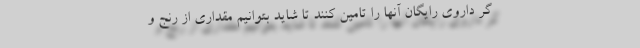
گر داروی رایگان آنها را تامین کنند تا شاید بتوانیم مقداری از رنج و